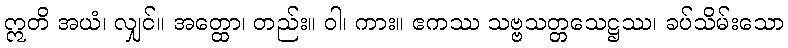
ဣတိ အယံ၊ လျှင်။ အတ္ထော၊ တည်း။ ဝါ၊ ကား။ ဧကဿ သဗ္ဗသတ္တသေဋ္ဌဿ၊ ခပ်သိမ်းသော